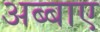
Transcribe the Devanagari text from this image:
अब्बाए